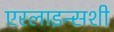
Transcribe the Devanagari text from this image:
एरलाइन्सशी